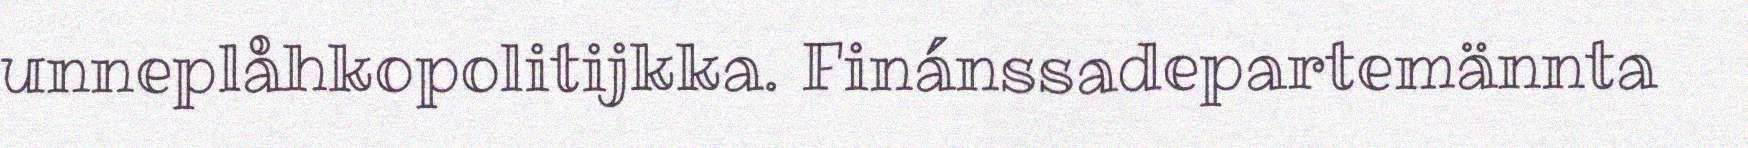
unneplåhkopolitijkka. Finánssadepartemännta